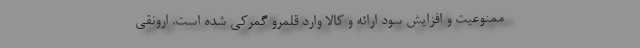
ممنوعیت و افزایش سود ارائه و کالا وارد قلمرو گمرکی شده است. ارونقی